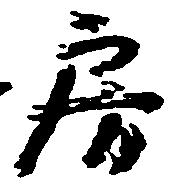
房